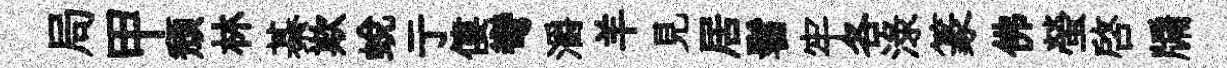
局甲頽林綦欺蛻亍僂彎灂羊見居髫牢各渌篆佛螢啓牖